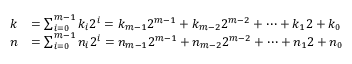
{ \begin{array} { r l } { k } & { = \sum _ { i = 0 } ^ { m - 1 } { k _ { i } 2 ^ { i } } = k _ { m - 1 } 2 ^ { m - 1 } + k _ { m - 2 } 2 ^ { m - 2 } + \dots + k _ { 1 } 2 + k _ { 0 } } \\ { n } & { = \sum _ { i = 0 } ^ { m - 1 } { n _ { i } 2 ^ { i } } = n _ { m - 1 } 2 ^ { m - 1 } + n _ { m - 2 } 2 ^ { m - 2 } + \dots + n _ { 1 } 2 + n _ { 0 } } \end{array} }